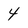
Character: 4